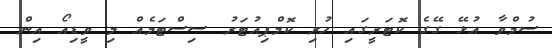
ސުމްވާ އުޅޭ ގޭގެ ކޮޓަރީގައި ހުރި ކޮމްޕިއުޓަރު ސިސްޓަމެއް މި ވީޑިއޯ އިން